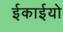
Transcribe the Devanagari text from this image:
ईकाईयो